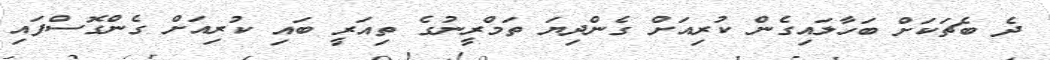
ދެ ބެޗަކަށް ބަހާލައިގެން ކުރިއަށް ގެންދިޔަ ތަމްރީނުގެ ތިއަރީ ބައި ކުރިއަށް ގެންގޮސްފައި